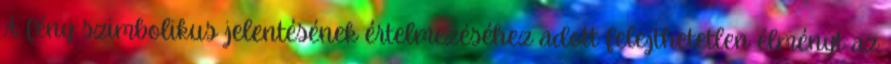
A fény szimbolikus jelentésének értelmezéséhez adott felejthetetlen élményt az